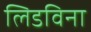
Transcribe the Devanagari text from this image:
लिडविना